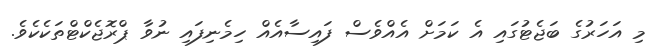
މި އަހަރުގެ ބަޖެޓުގައި އެ ކަމަށް އެއްވެސް ފައިސާއެއް ހިމެނިފައި ނުވާ ޕްރޮޖެކްޓްތަކެކެވެ.